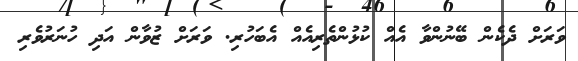
ވަރަށް ދެކެން ބޭނުންވާ އެއް ކުޅުންތެރިއެއް އެބަހުރި. ވަރަށް ޒުވާން އަދި ހުނަރުވެރި